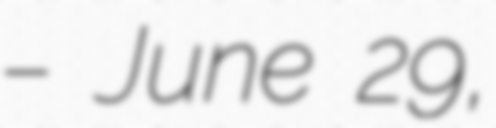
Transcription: – June 29,